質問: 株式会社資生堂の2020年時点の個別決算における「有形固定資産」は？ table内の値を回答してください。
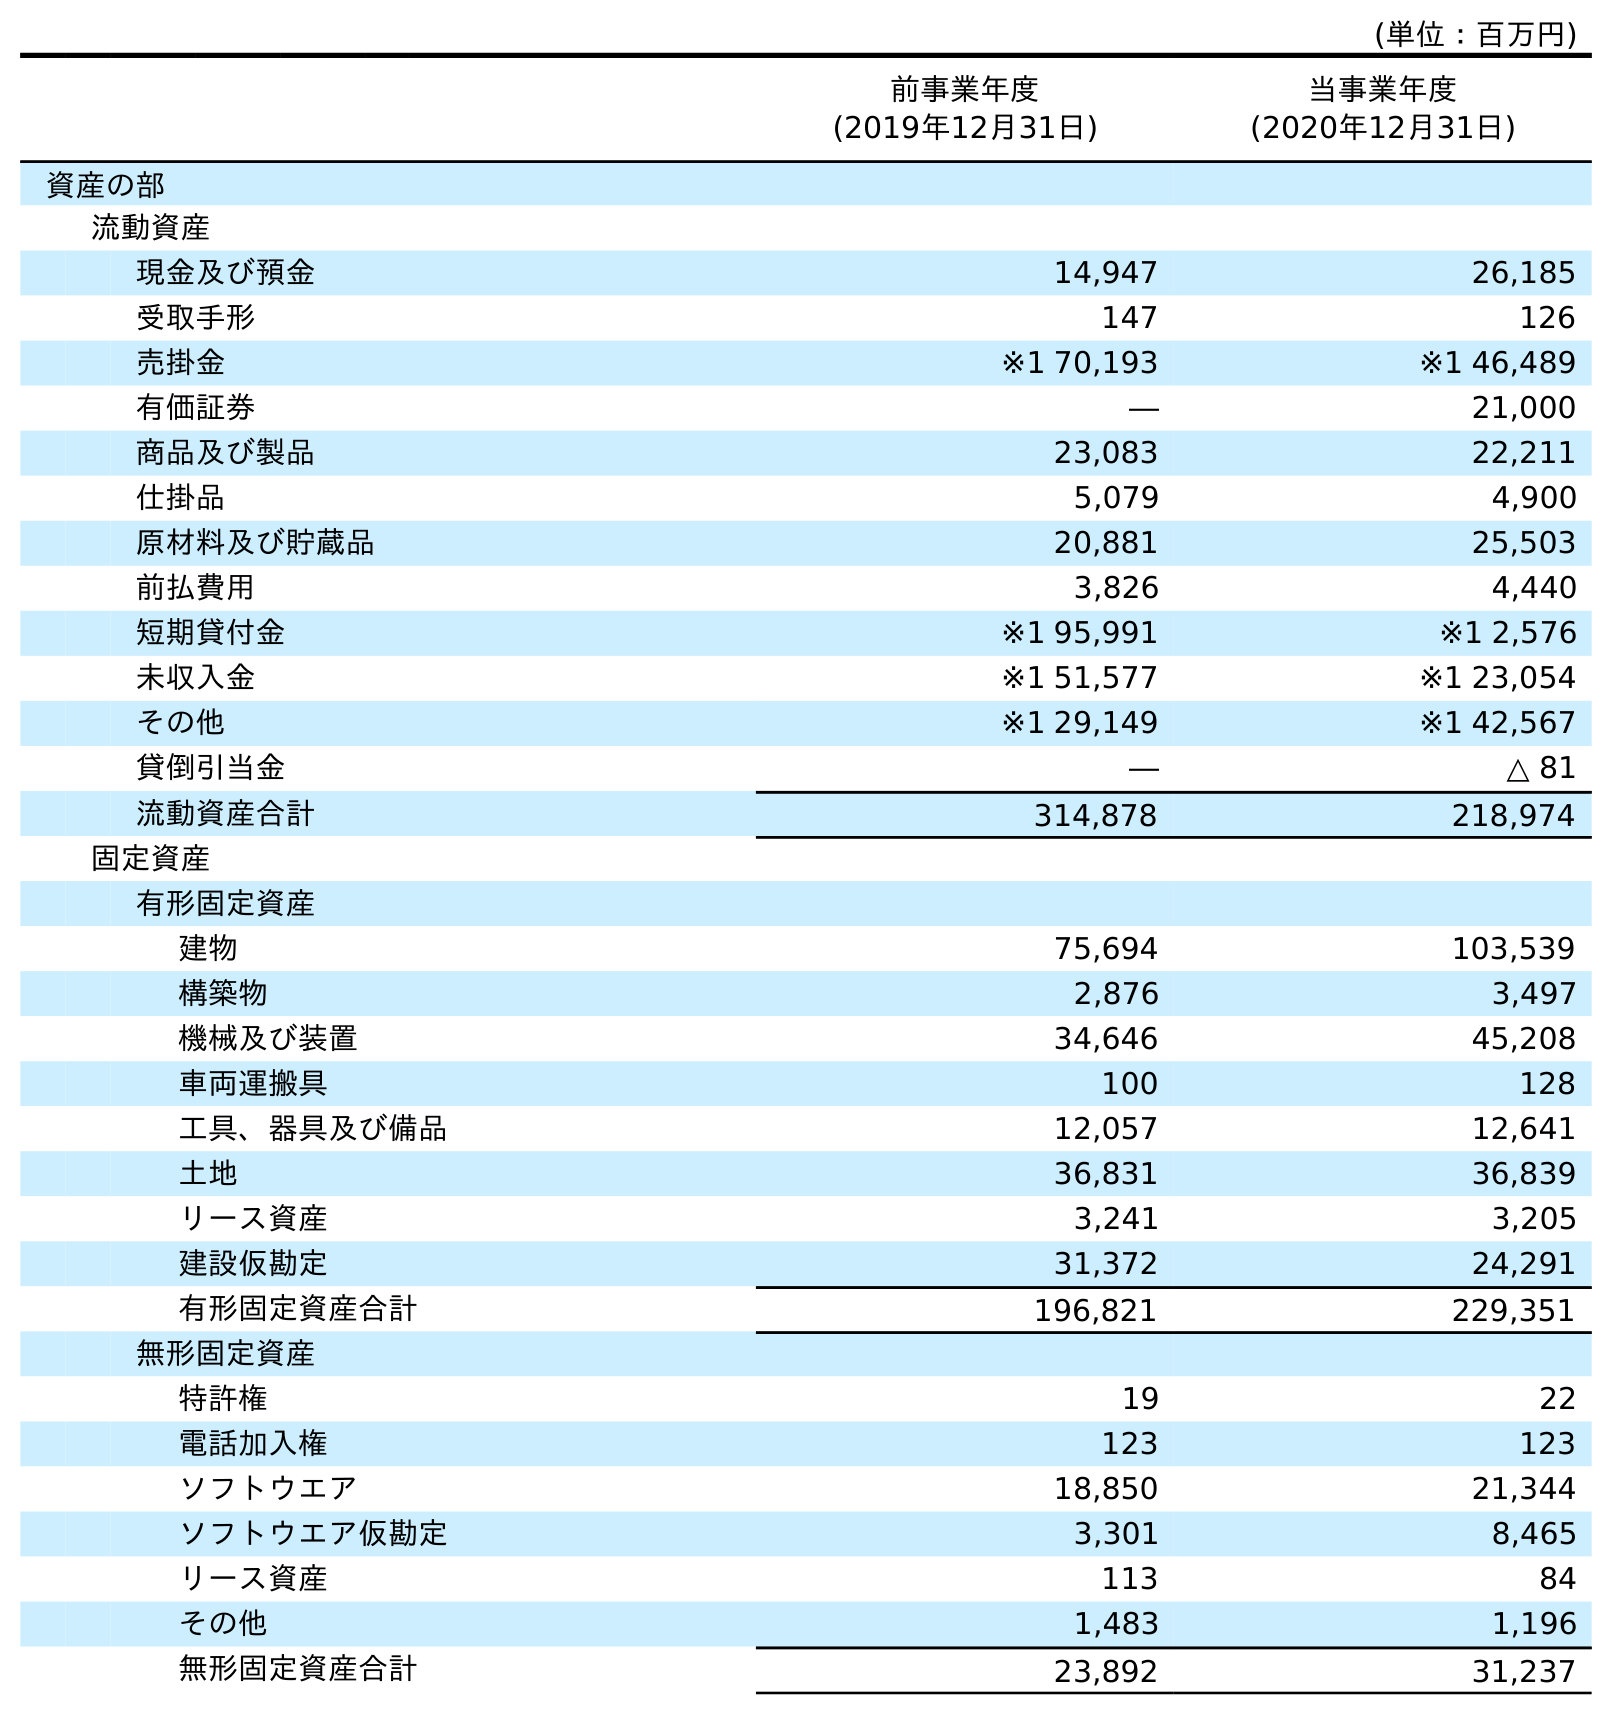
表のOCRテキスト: (単位：百万円) 前事業年度 (2019年12月31日) 当事業年度 (2020年12月31日) 資産の部 流動資産 現金及び預金 14,947 26,185 受取手形 147 126 売掛金 ※1 70,193 ※1 46,489 有価証券 ― 21,000 商品及び製品 23,083 22,211 仕掛品 5,079 4,900 原材料及び貯蔵品 20,881 25,503 前払費用 3,826 4,440 短期貸付金 ※1 95,991 ※1 2,576 未収入金 ※1 51,577 ※1 23,054 その他 ※1 29,149 ※1 42,567 貸倒引当金 ― △ 81 流動資産合計 314,878 218,974 固定資産 有形固定資産 建物 75,694 103,539 構築物 2,876 3,497 機械及び装置 34,646 45,208 車両運搬具 100 128 工具、器具及び備品 12,057 12,641 土地 36,831 36,839 リース資産 3,241 3,205 建設仮勘定 31,372 24,291 有形固定資産合計 196,821 229,351 無形固定資産 特許権 19 22 電話加入権 123 123 ソフトウエア 18,850 21,344 ソフトウエア仮勘定 3,301 8,465 リース資産 113 84 その他 1,483 1,196 無形固定資産合計 23,892 31,237
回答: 229,351